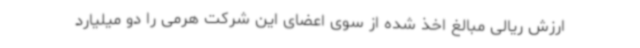
ارزش ریالی مبالغ اخذ شده از سوی اعضای این شرکت هرمی را دو میلیارد